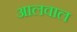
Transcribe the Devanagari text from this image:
आलवाल